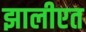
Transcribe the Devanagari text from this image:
झालीएत